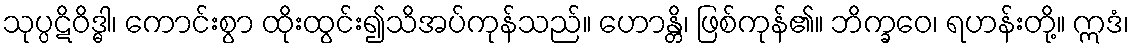
သုပ္ပဋိဝိဒ္ဓါ၊ ကောင်းစွာ ထိုးထွင်း၍သိအပ်ကုန်သည်။ ဟောန္တိ၊ ဖြစ်ကုန်၏။ ဘိက္ခဝေ၊ ရဟန်းတို့။ ဣဒံ၊